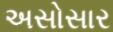
અસોસાર